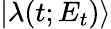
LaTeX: |\lambda(t;E_{t})\rangle